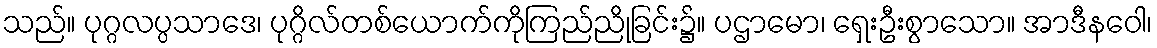
သည်။ ပုဂ္ဂလပ္ပသာဒေ၊ ပုဂ္ဂိလ်တစ်ယောက်ကိုကြည်ညိုခြင်း၌။ ပဌာမော၊ ရှေးဦးစွာသော။ အာဒီနဝေါ၊